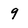
Character: 9